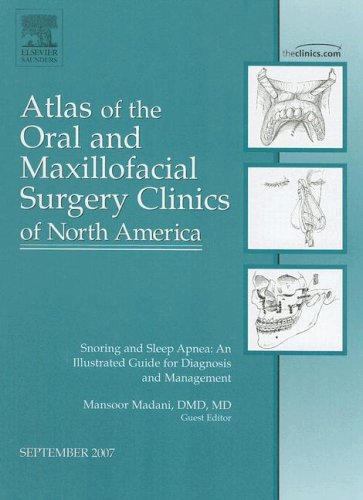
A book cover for Sleep Apnea, An Issue of Atlas of the Oral and Maxillofacial Surgery Clinics, 1e (The Clinics: Dentistry); Mansoor Madani; Medical Books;